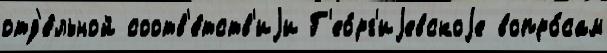
отд'е́льной соотв'е́тств'иjи Г'ео́рг'иjевскоjе вопро́сам